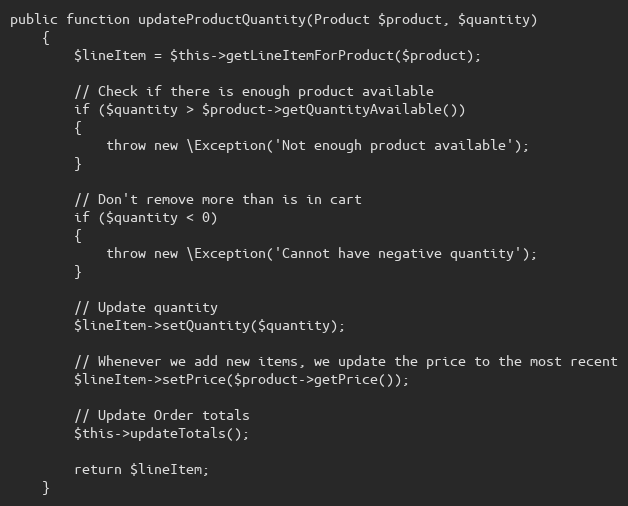
Language: PHP
public function updateProductQuantity(Product $product, $quantity)
    {
        $lineItem = $this->getLineItemForProduct($product);

        // Check if there is enough product available
        if ($quantity > $product->getQuantityAvailable())
        {
            throw new \Exception('Not enough product available');
        }

        // Don't remove more than is in cart
        if ($quantity < 0)
        {
            throw new \Exception('Cannot have negative quantity');
        }

        // Update quantity
        $lineItem->setQuantity($quantity);

        // Whenever we add new items, we update the price to the most recent
        $lineItem->setPrice($product->getPrice());

        // Update Order totals
        $this->updateTotals();

        return $lineItem;
    }